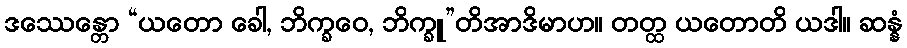
ဒဿေန္တော “ယတော ခေါ, ဘိက္ခဝေ, ဘိက္ခူ”တိအာဒိမာဟ။ တတ္ထ ယတောတိ ယဒါ။ ဆန္နံ